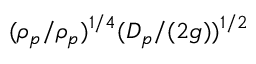
( \rho _ { p } / \rho _ { p } ) ^ { 1 / 4 } ( D _ { p } / ( 2 g ) ) ^ { 1 / 2 }